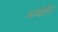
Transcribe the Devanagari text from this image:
अबोधि